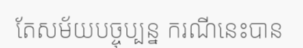
តែសម័យបច្ចុប្បន្ន ករណីនេះបាន